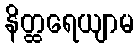
နိတ္ထရေယျာမ